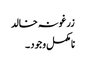
زرغونہ خالد
نامکمل وجود ۔